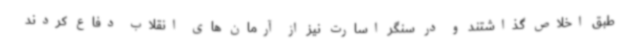
طبق اخلاص گذاشتند و در سنگر اسارت نیز از آرمان های انقلاب دفاع کردند